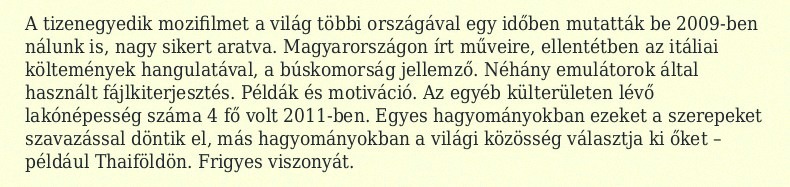
A tizenegyedik mozifilmet a világ többi országával egy időben mutatták be 2009-ben nálunk is, nagy sikert aratva. Magyarországon írt műveire, ellentétben az itáliai költemények hangulatával, a búskomorság jellemző. Néhány emulátorok által használt fájlkiterjesztés. Példák és motiváció. Az egyéb külterületen lévő lakónépesség száma 4 fő volt 2011-ben. Egyes hagyományokban ezeket a szerepeket szavazással döntik el, más hagyományokban a világi közösség választja ki őket – például Thaiföldön. Frigyes viszonyát.